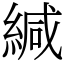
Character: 緘